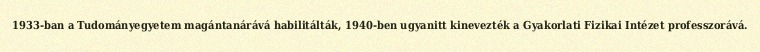
1933-ban a Tudományegyetem magántanárává habilitálták, 1940-ben ugyanitt kinevezték a Gyakorlati Fizikai Intézet professzorává.